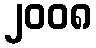
၂၀၀၈